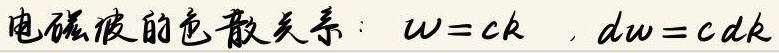
电磁波的色散关系：
\[
\omega = ck
\]
\[
d\omega = cdk
\]